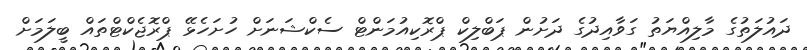
ދައުލަތުގެ މާލިއްޔަތު ގަވާއިދުގެ ދަށުން ޕަބްލިކް ޕްރޮކިއުމަންޓް ސެކްޝަނަށް ހުށަހެޅޭ ޕްރޮޖެކްޓްތައް ބީލަމަށް